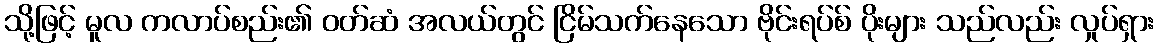
သို့ဖြင့် မူလ ကလာပ်စည်း၏ ဝတ်ဆံ အလယ်တွင် ငြိမ်သက်နေသော ဗိုင်းရပ်စ် ပိုးများ သည်လည်း လှုပ်ရှား